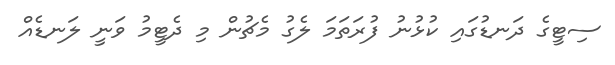
ސިޓީގެ ދަނޑުގައި ކުޅުނު ފުރަތަމަ ލެގު މެޗުން މި ދެޓީމު ވަނީ ލަނޑެއް